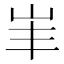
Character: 𡵞